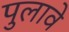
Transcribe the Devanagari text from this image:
पुलावे